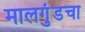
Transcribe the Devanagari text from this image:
मालगुंडचा